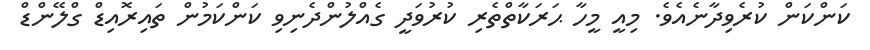
ކަންކަން ކުރެވިދާނެއެވެ. މިއީ މީހާ ޙަރަކާތްތެރި ކުރުވަދީ ގެއްލުންދެނިވި ކަންކަމުން ތައިރޮއިޑް ގްލޭންޑް